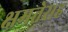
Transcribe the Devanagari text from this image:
क्षमतेसह